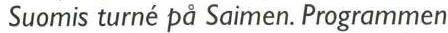
 Suomis turné på Saimen. Programmen